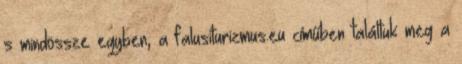
s mindössze egyben, a falusiturizmus.eu címűben találtuk meg a